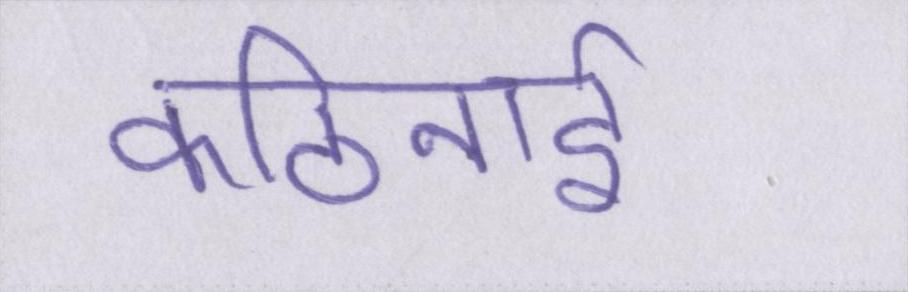
कठिनाई